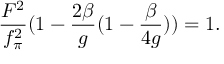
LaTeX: \frac { F ^ { 2 } } { f _ { \pi } ^ { 2 } } ( 1 - \frac { 2 \beta } { g } ( 1 - \frac { \beta } { 4 g } ) ) = 1 .